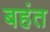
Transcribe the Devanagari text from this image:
बहंत